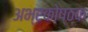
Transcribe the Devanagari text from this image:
अभ्रकोष्ठक